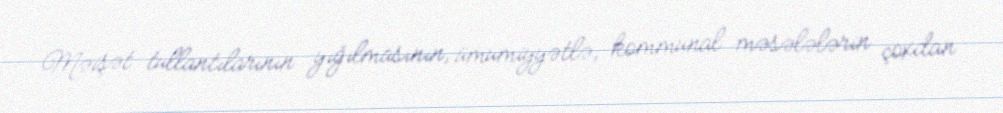
Məişət tullantılarının yığılmasının, ümumiyyətlə, kommunal məsələlərin çoxdan